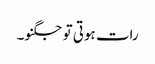
رات ہوتی تو جگنو۔